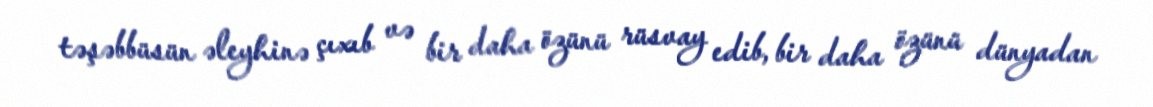
təşəbbüsün əleyhinə çıxıb və bir daha özünü rüsvay edib, bir daha özünü dünyadan